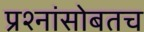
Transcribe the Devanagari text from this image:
प्रश्नांसोबतच